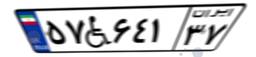
۵۷W۶۴۱۳۷